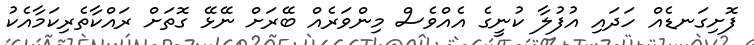
ފޮށިގަނޑެއް ހަދައި އުފުލާ ކުނީގެ އެއްވެސް މިންވަރެއް ބޭރަށް ނޭޅޭ ގޮތަށް ރައްކާތެރިކަމާއެކު